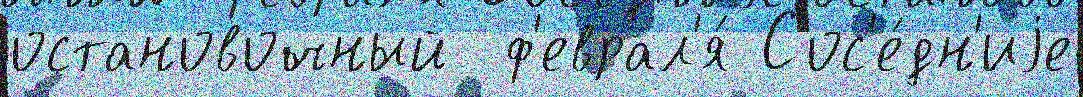
остановочный  ф'еврал'я́ Сос'е́дн'иjе